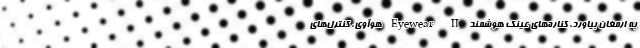
به ارمغان بیاورد. کناره‌های عینک هوشمند Eyewear II هوآوی، کنترل‌های